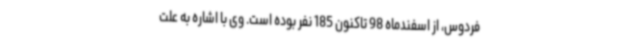
فردوس، از اسفندماه 98 تاکنون 185 نفر بوده است. وی با اشاره به علت